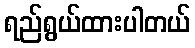
ရည်ရွယ်ထားပါတယ်